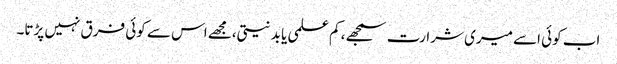
اب کوئی اسے میری شرارت سمجھے، کم علمی یا بد نیتی،مجھے اس سے کوئی فرق نہیں پڑتا۔